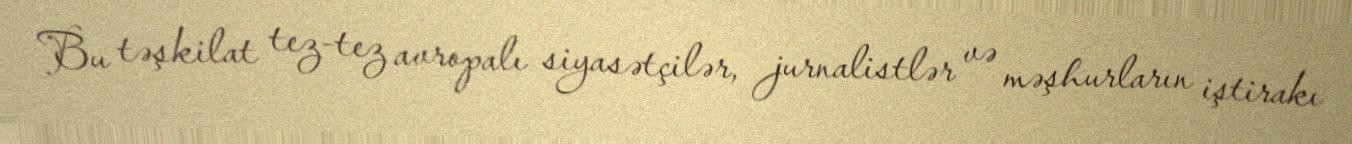
Bu təşkilat tez-tez avropalı siyasətçilər, jurnalistlər və məşhurların iştirakı